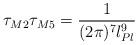
LaTeX: \begin{align*}\tau_{M2}\tau_{M5}=\frac{1}{(2\pi)^7l_{Pl}^9}\end{align*}